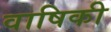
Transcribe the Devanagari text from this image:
वाषिकी